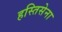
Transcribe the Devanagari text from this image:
हस्तिसेना